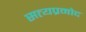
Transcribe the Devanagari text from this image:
सत्यप्रमोद